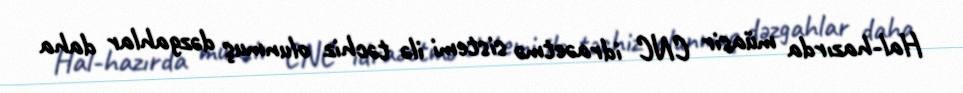
Hal-hazırda müasir CNC idraəetmə sistemi ilə təchiz olunmuş dəzgahlar daha